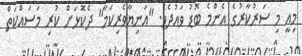
މިއީ މި ސަރުކާރުގެ އެންމެ ބޮޑު ވައުދެވެ. "އަނިޔާވެރިކަމާ" ދެކޮޅަށް ކުރި މަސައްކަތް